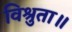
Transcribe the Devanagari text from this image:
विश्रुता॥